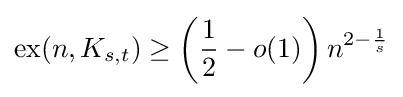
\operatorname {ex} (n,K_{s,t})\geq \left({\frac {1}{2}}-o(1)\right)n^{2-{\frac {1}{s}}}